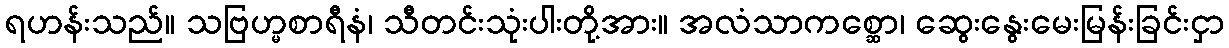
ရဟန်းသည်။ သဗြဟ္မစာရီနံ၊ သီတင်းသုံးပါးတို့အား။ အလံသာကစ္ဆော၊ ဆွေးနွေးမေးမြန်းခြင်းငှာ